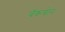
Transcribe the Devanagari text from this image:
बॅकबोन